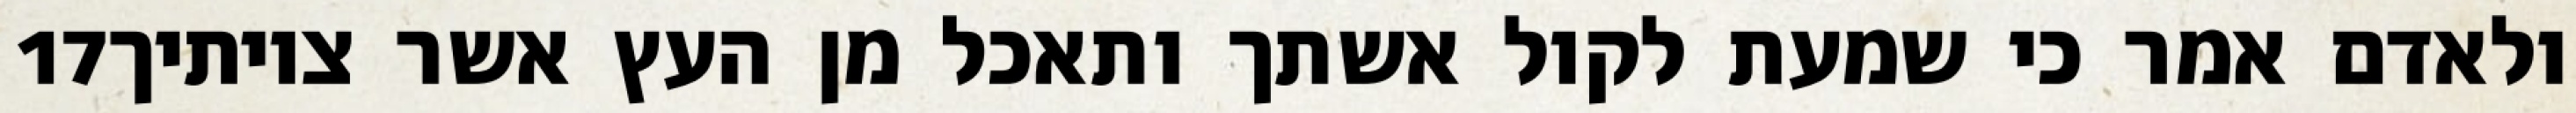
‎17‏ ולאדם אמר כי שמעת לקול אשתך ותאכל מן העץ אשר צויתיך